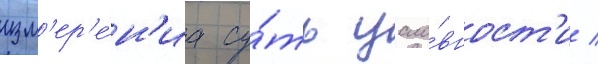
изм'ер'е́н'иа су́ть усло́вност'и /